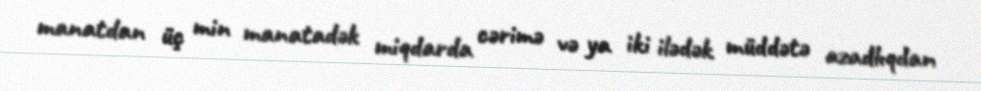
manatdan üç min manatadək miqdarda cərimə və ya iki ilədək müddətə azadlıqdan